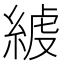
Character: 𦁭